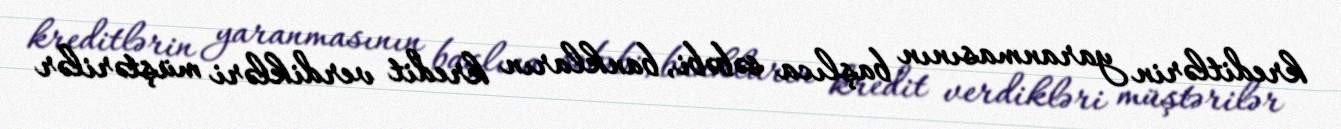
kreditlərin yaranmasının başlıca səbəbi, bankların kredit verdikləri müştərilər